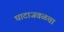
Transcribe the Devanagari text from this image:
घाटाजवळचा